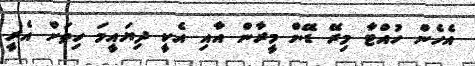
އެހެން ހުއްޓާ މިރޭ ޑޭން މީރާން އާއި އެކީ ދިޔައީމަ ހިތަށް އެރީ